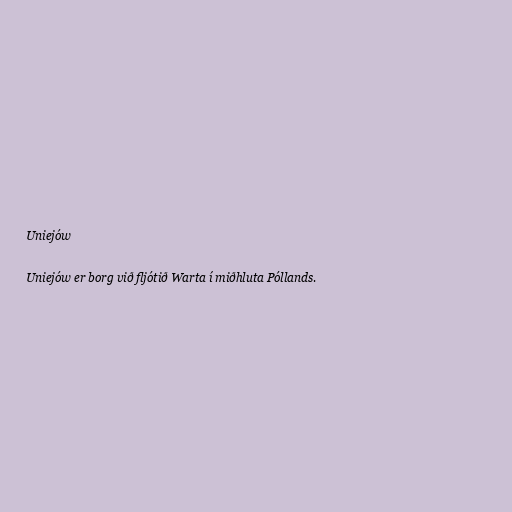
Uniejów

Uniejów er borg við fljótið Warta í miðhluta Póllands.